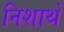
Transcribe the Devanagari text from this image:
निशार्थ